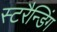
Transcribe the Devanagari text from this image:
स्टरैन्डिंग